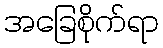
အခြေစိုက်ရာ